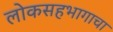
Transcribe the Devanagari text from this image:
लोकसहभागाचा